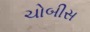
ચોબીસ